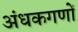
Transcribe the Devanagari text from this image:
अंधकगणों